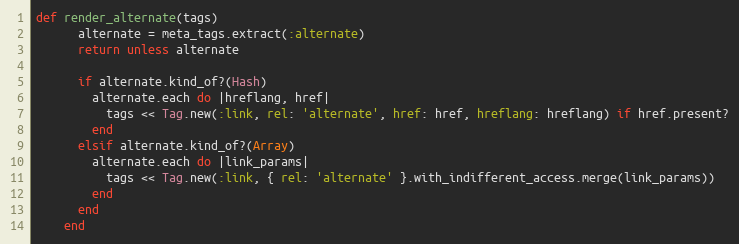
Language: Ruby
def render_alternate(tags)
      alternate = meta_tags.extract(:alternate)
      return unless alternate

      if alternate.kind_of?(Hash)
        alternate.each do |hreflang, href|
          tags << Tag.new(:link, rel: 'alternate', href: href, hreflang: hreflang) if href.present?
        end
      elsif alternate.kind_of?(Array)
        alternate.each do |link_params|
          tags << Tag.new(:link, { rel: 'alternate' }.with_indifferent_access.merge(link_params))
        end
      end
    end